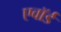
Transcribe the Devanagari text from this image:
एवॉर्ड